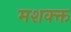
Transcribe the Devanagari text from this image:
मशक्क्त